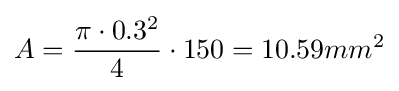
A={\frac {\pi \cdot 0.3^{2}}{4}}\cdot 150=10.59mm^{2}